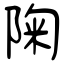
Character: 陱